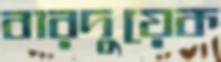
বারদুয়েক